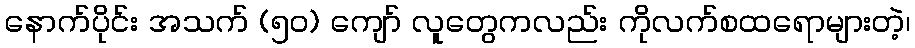
နောက်ပိုင်း အသက် (၅၀) ကျော် လူတွေကလည်း ကိုလက်စထရောများတဲ့၊